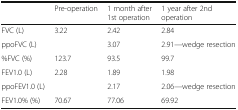
|  | Pre-operation | 1 month after 1st operation | 1 year after 2nd operation |
 | --- | --- | --- | --- |
 | FVC (L) | 3.22 | 2.42 | 2.84 |
 | ppoFVC (L) |  | 3.07 | 2.91—wedge resection |
 | %FVC (%) | 123.7 | 93.5 | 99.7 |
 | FEV1.0 (L) | 2.28 | 1.89 | 1.98 |
 | ppoFEV1.0 (L) |  | 2.17 | 2.06—wedge resection |
 | FEV1.0% (%) | 70.67 | 77.06 | 69.92 |